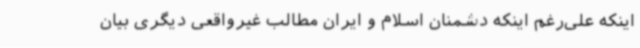
اینکه علی‌رغم اینکه دشمنان اسلام و ایران مطالب غیرواقعی دیگری بیان